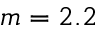
m = 2 . 2